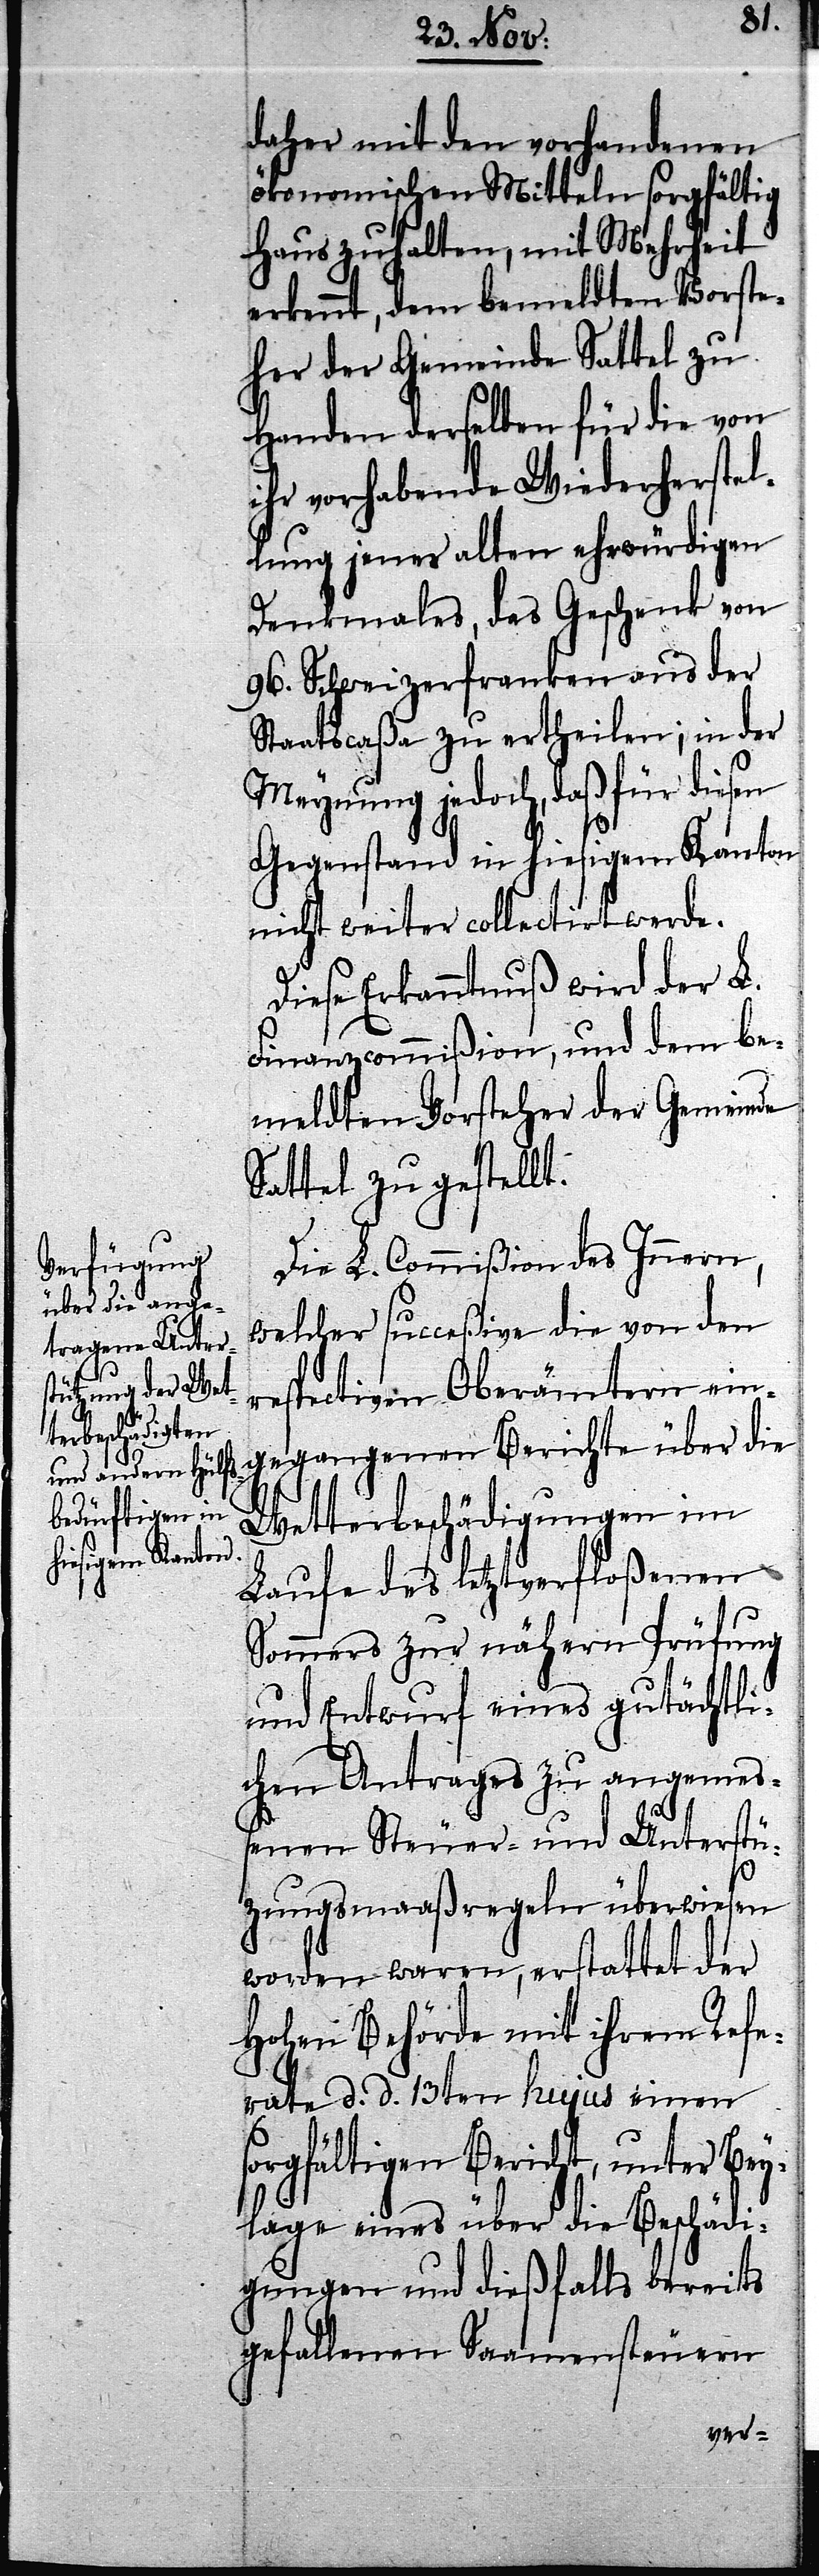
daher mit den vorhandenen
ökonomischen Mitteln sorgfältig
Haus zuhalten, mit Mehrheit
erkennt, dem bemeldten Vorste¬
her der Gemeinde Sattel zu
Handen derselben für die von
ihr vorhabende Wiederherstel¬
lung jenes alten ehrwürdigen
Denkmales, das Geschenk von
96. Schweizerfranken aus der
Staatscaßa zu ertheilen; in der
Meynung jedoch, daß für diesen
Gegenstand in hiesigem Kanton
nicht weiter collectirt werde.
Diese Erkanntnuß wird der L.
Finanzcommißion, und dem be¬
meldten Vorsteher der Gemeinde
Sattel zu gestellt.
Die L. Commißion des Innern,
welcher succeßive die von den
respectiven Oberämtern ein¬
gegangenen Berichte über die
Wetterbeschädigungen im
Laufe des letztverfloßenen
Sommers zur nähern Prüfung
und Entwurf eines gutächtli¬
chen Antrages zu angemeß¬
enen Steuer- und Unterstü¬
tzungsmaaßregeln überwiesen
worden waren, erstattet der
Hohen Behörde mit ihrem Refe¬
rate d. d. 13ten hujus einen
sorgfältigen Bericht, unter Bey¬
lage eines über die Beschädi¬
gungen und dießfalls bereits
gefallenen Saamensteuern